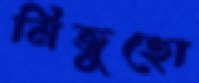
মিজুহো